Memorandum on the prevention of leprosy by segregation of the affected
Disease focus: Leprosy
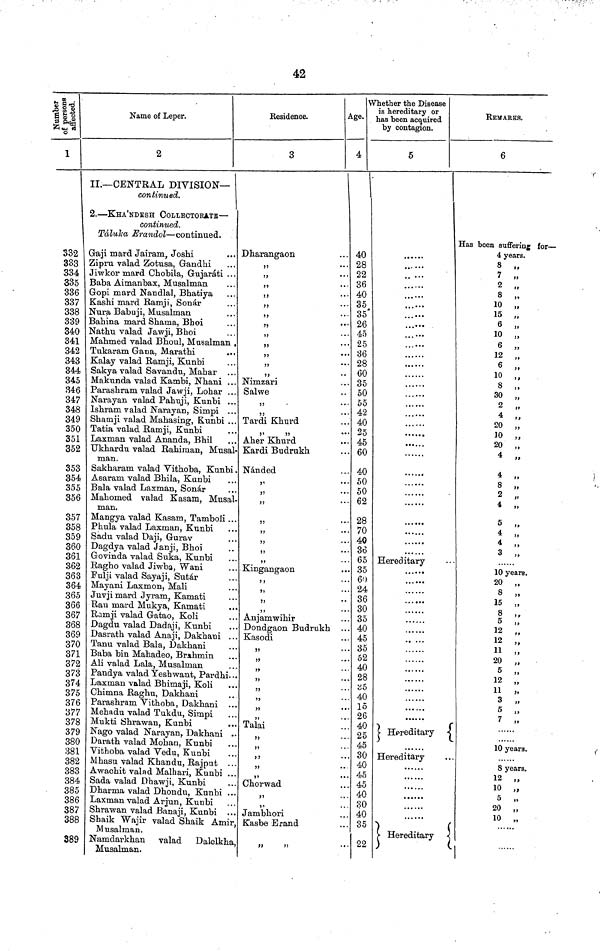
42
1
332
333
334
335
336
337
338
339
340
341
342
343
344
345
346
347
348
349
350
351
352
353
354
355
356
357
358
359
360
361
362
363
364
365
366
367
368
369
370
371
372
373
374
375
376
377
378
379
380
381
382
383
384
385
386
387
388
389
Name of Leper.
2
II.— CENTRAL DIVISION-
continned.
2. — KHA'NDBSH COLLECTOBATE —
continued.
Taluka JErandol — continued.
Gaji mard Jairam, Joshi
...
Zipru valad Zotusa, Gandhi
Jiwkor inard Chobila, Gujarati ...
Baba Aimanbax, Musalman
Gopi mard Nandlal, Bhatiya
Kashi mard Ramji, Sonar
Nura Babuji, Musalman
Bahina mard Shama, Bboi
Nathu valad Jawji, Bhoi
Mahmed valad Bhoul, Musalman .
Tukaram Gaua, Marathi
Kalay valad Ramji, Kunbi
Sakya valad Savandu, Mahar
Makunda valad Kambi, Nhani ...
Parashram valad Jawji, Lobar ...
Narayan valad Pabuji, Kunbi ...
Isbram valad Narayan, Simpi ...
Shamji valad Mabasing, Kunbi ...
Tatia valad Ramji, Kunbi
Laxman valad Ananda, Bbil
Ukbardu valad Rabiman, Musal-
man.
Sakbaram valad Vitboba, Kunbi
Asaram valad Bbila, Kunbi
Bala valad Laxman, Sonar
Mahomed valad Kasam, Musal
man.
Mangya valad Kasam, Tamboli ..
Phula valad Laxman, Kunbi
Sadu valad Daji, Gurav
Dagdya valad Janji, Bboi
Govinda valad Suka, Kunbi
Ragbo valad Jiwba, Wani
Fulji valad Sayaji, Sutar
Mayani Laxmon, Mali
Juvji mard Jyram, Kamati
Rau mard Mukya, Kamati
Ramji valad Gatao, Koli
Dagdu valad Dadaji, Kunbi
Dasrath valad Anaji, Dakbani . .
Tanu valad Bala, Dakbani
Baba bin Mabadeo, Brahmin
Ali valad Lala, Musalman
Pandya valad Yesbwant, Pardbi.
Laxman valad Bhimaji, Koli
Chimna Raghu, Dakbani
Parashram Vitboba, Dakbani
Mehadu valad Tukdu, Simpi
Mukti Sbrawan, Kunbi
Nago valad Narayan, Dakbani
Daratb valad Mohan, Kunbi
Vithoba valad Vedu, Kunbi
Mbasu valad Khandu, Rajput
Awachit valad Malhari, Kunbi
Sada valad Dhawji, Kunbi
Dbarma valad Dbondu, Kunbi
Laxman valad Arjun, Kunbi
Sbrawan valad Banaji, Kunbi
Shaik Wajir valad Sbaik Amir
Musalman.
Namdaikhan valad Dalelkbs
Musalman.
Residence.
3
Dbarangaon
"
"
"
"
"
Nimzari
Salwe
"
,,
...
Tardi Khurd
"
Aher Kburd
Kardi Budrukh
Nanded
"
„
"
,,
...
,,
...
,,
"
"
Kingangaon
"
"
"
"
Anjamwihir
Dondgaon Budrukh ..
Kasodi
Talai
"
"
"
,,
..
Cborwad
"
"
Jambbori
Kasbe Brand
"
"
Age.
4
40
28
22
36
40
35
35
26
45
25
36
28
60
35
50
55
42
40
25
45
60
40
50
50
62
28
70
40
36
65
35
60
24
36
30
35
40
45
35
52
40
28
35
40
15
26
40
25
45
30
40
45
45
40
30
40
35
22
Wether the Disease
is hereditary or
las been acquired
by contagion.
5
....
...
...
...
...
...
Hereditary
... ...
......
.. ...
... ...
... ...
......
......
......
Hereditary
Hereditary
... ...
Hereditary
REMARKS.
6
Has been suffering for —
4 years.
9 "
7 "
2 „
8 ,.
10 „
15 „
6 ,,
10 „
6 „
12 „
6 „
10 „
8 „
30 „
2 „
4 „
20 „
10 „
20 „
4 „
4 „
8 „
2 „
4 „
5 „
4 „
4 „
3 „
10 years.
20 „
8 „
15 „
8 ,,
5 „
12 „
12 "
11 „
20 „
5 „
12 „
11 »
3 „
5 „
7 ,,
10 years.
8 years.
12 ,,
10 „
5 „
20 ,,
10 „